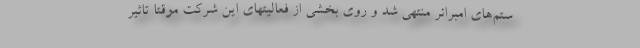
ستم‌های امبرائر منتهی شد و روی بخشی از فعالیتهای این شرکت موقتا تاثیر